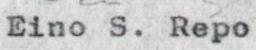
Eino S. Repo